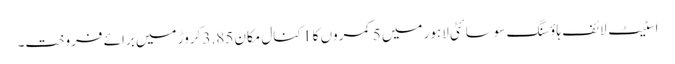
اسٹیٹ لائف ہاؤسنگ سوسائٹی لاہور میں 5 کمروں کا 1 کنال مکان 3.85 کروڑ میں برائے فروخت۔